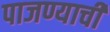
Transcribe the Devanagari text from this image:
पाजण्याची